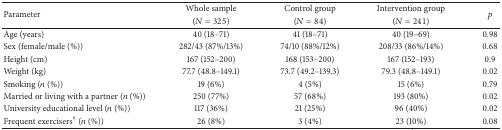
<table><thead><tr><td rowspan="2"><b>Parameter</b></td><td><b>Whole sample</b></td><td><b>Control group</b></td><td><b>Intervention group</b></td><td rowspan="2"><b><i>p</i></b></td></tr><tr><td><b>(<i>N</i> = 325)</b></td><td><b>(<i>N</i> = 84)</b></td><td><b>(<i>N</i> = 241)</b></td></tr></thead><tbody><tr><td>Age (years)</td><td>40 (18–71)</td><td>41 (18–71)</td><td>40 (19–69)</td><td>0.98</td></tr><tr><td>Sex (female/male (%))</td><td>282/43 (87%/13%)</td><td>74/10 (88%/12%)</td><td>208/33 (86%/14%)</td><td>0.68</td></tr><tr><td>Height (cm)</td><td>167 (152–200)</td><td>168 (153–200)</td><td>167 (152–193)</td><td>0.9</td></tr><tr><td>Weight (kg)</td><td>77.7 (48.8–149.1)</td><td>73.7 (49.2–139.3)</td><td>79.3 (48.8–149.1)</td><td>0.02</td></tr><tr><td>Smoking (<i>n</i> (%))</td><td>19 (6%)</td><td>4 (5%)</td><td>15 (6%)</td><td>0.79</td></tr><tr><td>Married or living with a partner (<i>n</i> (%))</td><td>250 (77%)</td><td>57 (68%)</td><td>193 (80%)</td><td>0.02</td></tr><tr><td>University educational level (<i>n</i> (%))</td><td>117 (36%)</td><td>21 (25%)</td><td>96 (40%)</td><td>0.02</td></tr><tr><td>Frequent exercisers<sup>†</sup> (<i>n</i> (%))</td><td>26 (8%)</td><td>3 (4%)</td><td>23 (10%)</td><td>0.08</td></tr></tbody></table>